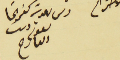
رىس ىلدية كفرشيما ىعوم دىب العارح